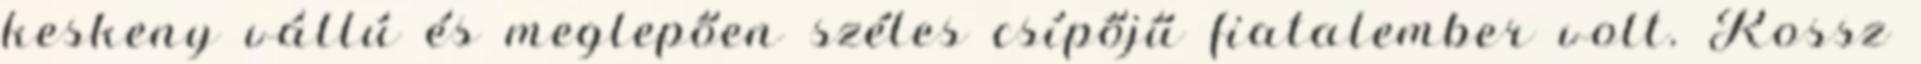
keskeny vállú és meglepően széles csípőjű fiatalember volt. Rossz